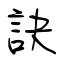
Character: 訣